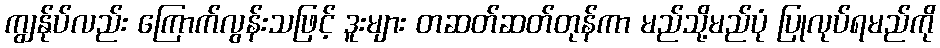
ကျွန်ုပ်လည်း ကြောက်လွန်းသဖြင့် ဒူးများ တဆတ်ဆတ်တုန်ကာ မည်သို့မည်ပုံ ပြုလုပ်ရမည်ကို